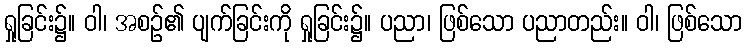
ရှုခြင်း၌။ ဝါ၊ အစဉ်၏ ပျက်ခြင်းကို ရှုခြင်း၌။ ပညာ၊ ဖြစ်သော ပညာတည်း။ ဝါ၊ ဖြစ်သော